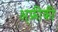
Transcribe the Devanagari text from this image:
अ्फ्रीकी